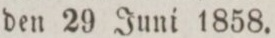
den 29 Juni 1858.